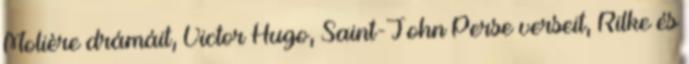
Molière drámáit, Victor Hugo, Saint-John Perse verseit, Rilke és